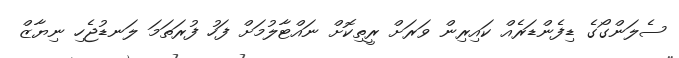
ސެލަންގޯގެ ޑިފެންޑަރެއް ކައިިރިން ވަރަށް ރީތިކޮށް ނައްޓާލުމަށް ފަހު ފުރަތަމަ ލަނޑުޖެހި ނިޔާޒް